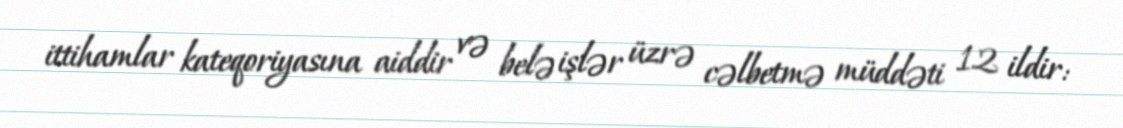
ittihamlar kateqoriyasına aiddir və belə işlər üzrə cəlbetmə müddəti 12 ildir: